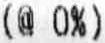
(@ 0%)